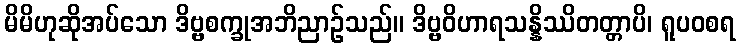
မိမိဟုဆိုအပ်သော ဒိဗ္ဗစက္ခုအဘိညာဉ်သည်။ ဒိဗ္ဗဝိဟာရသန္နိဿိတတ္တာပိ၊ ရူပဝစရ